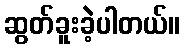
ဆွတ်ခူးခဲ့ပါတယ်။